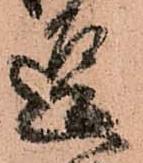
逗